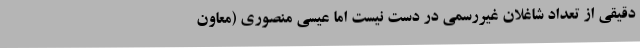
دقیقی از تعداد شاغلان غیررسمی در دست نیست اما عیسی منصوری (معاون